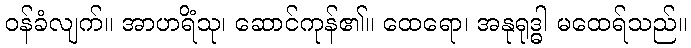
ဝန်ခံလျက်။ အာဟရိံသု၊ ဆောင်ကုန်၏။ ထေရော၊ အနုရုဒ္ဓါ မထေရ်သည်။